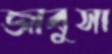
জাবুসা